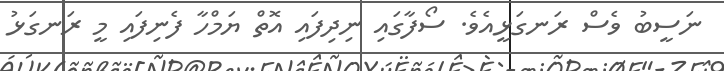
ނަސީބު ވެސް ރަނގަޅީއެވެ. ސޯފާގައި ނިދިފައި އޮތް ޔަމްހާ ފެނިފައި މީ ރަނގަޅު